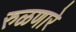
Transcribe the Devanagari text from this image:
रुळणारे